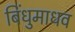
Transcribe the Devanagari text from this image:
बिंधुमाधव